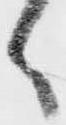
く